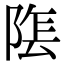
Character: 𮥏